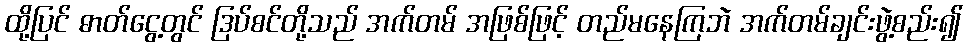
ထို့ပြင် ဓာတ်ငွေ့တွင် ဒြပ်စင်တို့သည် အက်တမ် အဖြစ်ဖြင့် တည်မနေကြဘဲ အက်တမ်ချင်းဖွဲ့စည်း၍